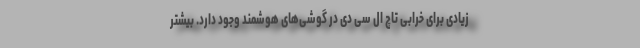
زیادی برای خرابی تاچ ال سی دی در گوشی‌های هوشمند وجود دارد. بیشتر